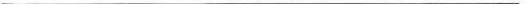
___